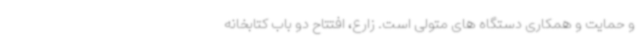
و حمایت و همکاری دستگاه های متولی است. زارع، افتتاح دو باب کتابخانه